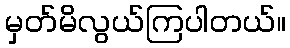
မှတ်မိလွယ်ကြပါတယ်။